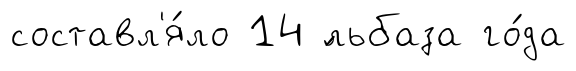
составл'я́ло 14 ́льбаза го́да